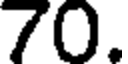
70.